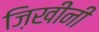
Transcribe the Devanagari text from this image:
ज़िखीनी